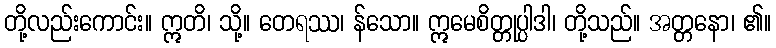
တို့လည်းကောင်း။ ဣတိ၊ သို့။ တေရဿ၊ န်သော။ ဣမေစိတ္တုပ္ပါဒါ၊ တို့သည်။ အတ္တနော၊ ၏။